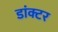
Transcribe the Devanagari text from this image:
डांक्टर